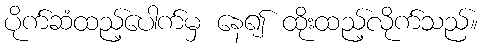
ပိုက်ဆံထည့်ပေါက်မှ နေ၍ ထိုးထည့်လိုက်သည်။